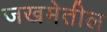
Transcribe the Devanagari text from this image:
जखमेतील